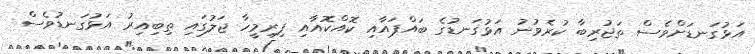
އަޅުގަނޑަށްވެސް ތަޖުރިބާ ކުރެވުނު އަޅުގަނޑުގެ ބައްޕައާއި ކޮއްކޮއާއި ފިރިމީހާ ޖަލުގައި ތިބިއިރު އަޅުގަނޑުވެސް